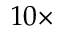
1 0 \times